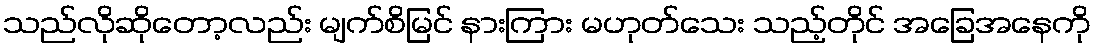
သည်လိုဆိုတော့လည်း မျက်စိမြင် နားကြား မဟုတ်သေး သည့်တိုင် အခြေအနေကို